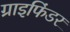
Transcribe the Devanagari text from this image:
ग्राइफिंडर